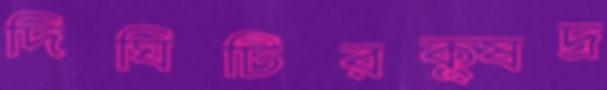
দিঘিটিরক্ষুদ্র